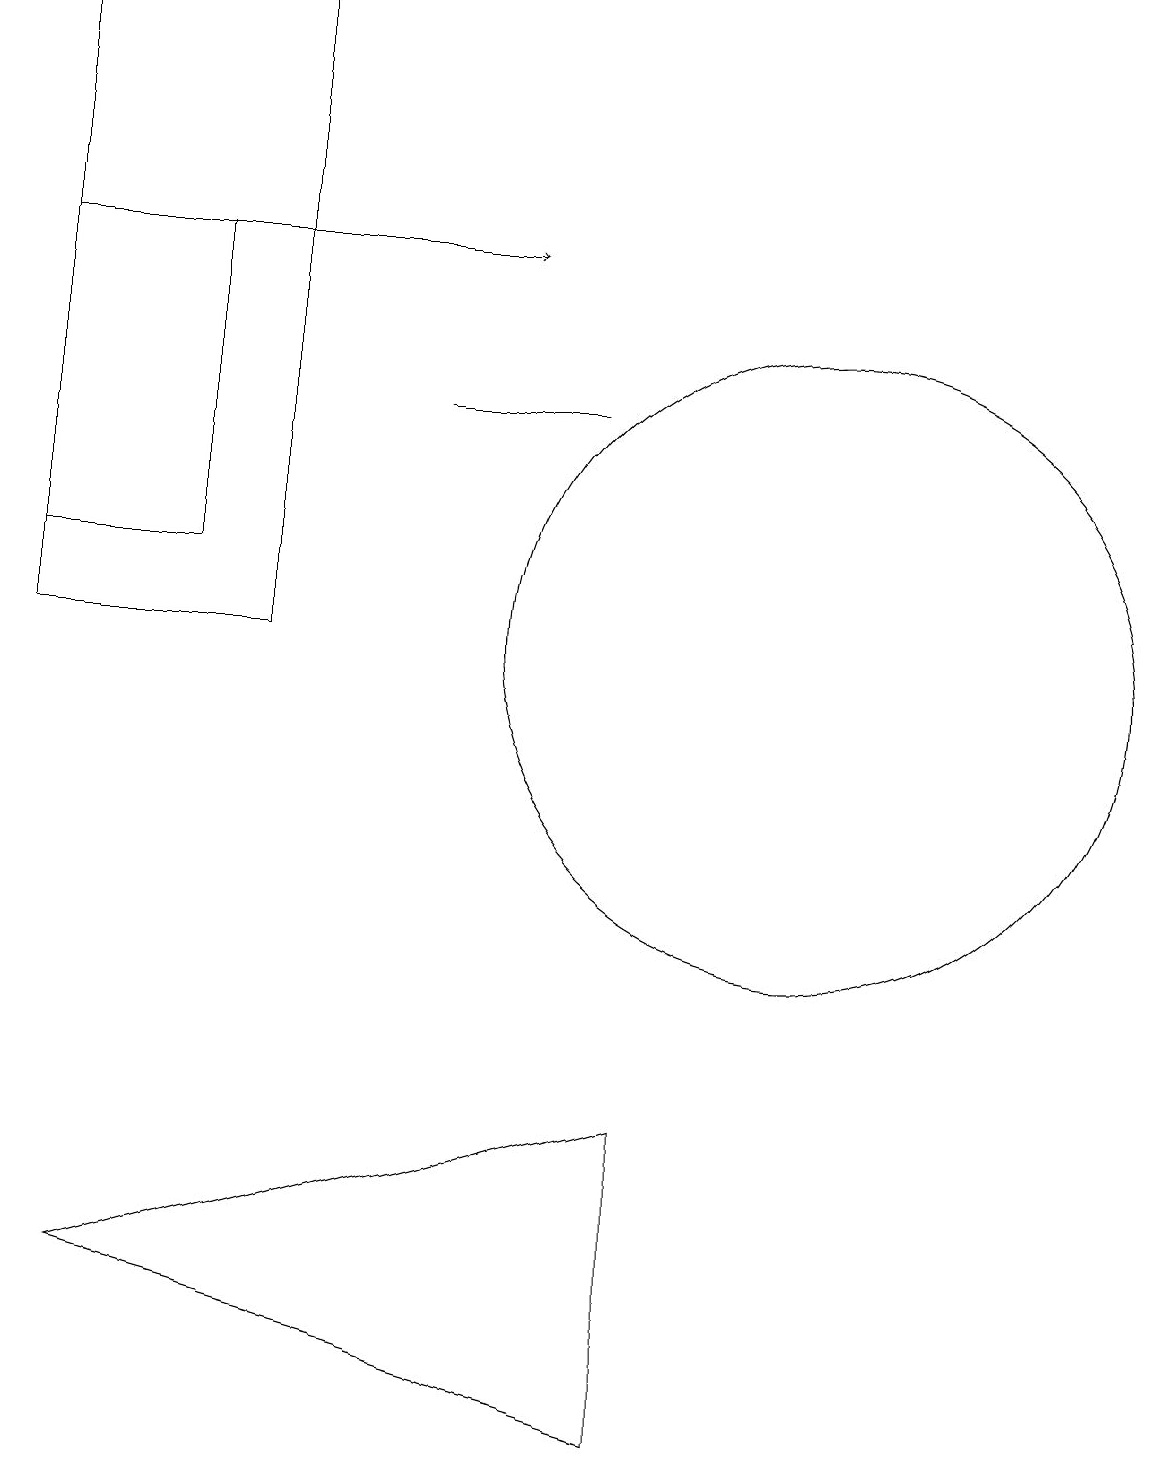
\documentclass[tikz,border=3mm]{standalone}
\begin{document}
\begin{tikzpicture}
\draw (6,13) rectangle (8,13);
\draw (9,4) -- (9,0) -- (2,2) -- cycle;
\draw[->] (2,15) -- (7,15);
\draw (1,10) rectangle (4,18);
\draw (11,10) circle (4);
\draw (3,15) rectangle (1,11);
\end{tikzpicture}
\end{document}